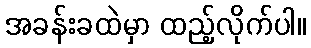
အခန်းခထဲမှာ ထည့်လိုက်ပါ။